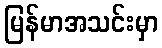
မြန်မာအသင်းမှာ